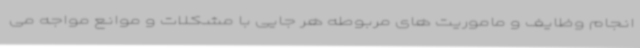
انجام وظایف و ماموریت های مربوطه هر جایی با مشکلات و موانع مواجه می